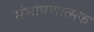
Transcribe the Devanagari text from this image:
संभाषणात्मक